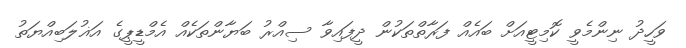
ވަހީދު ނިންމެވީ ކޮމިޓީއަށް ބައެއް ފަރާތްތަކުން ދީފައިވާ ސިއްރު ބަޔާންތަކެއް އެމްޑީޕީގެ އަޣުލަބިއްޔަތު